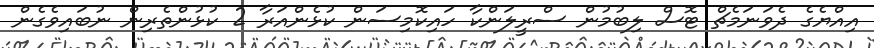
އިއްޔެގެ ދެވަނަމެޗް ޓޮސް ލިބުމުން ސްރީލަންކާ ހައިކޮމިސަން ކުޅެންއަރާ 2 ކުޅުންތެރިން ނުބައިވެގެން